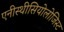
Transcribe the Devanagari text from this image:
एनीस्थीसियोलोजिस्ट